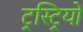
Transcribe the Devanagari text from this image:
ट्रस्ट्रियों